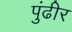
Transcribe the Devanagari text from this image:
पुंढीर